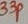
Text: 33P